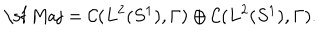
\mathrm { \sf ~ M a j } = { \cal C } ( L ^ { 2 } ( S ^ { 1 } ) , \Gamma ) \oplus { \cal C } ( L ^ { 2 } ( S ^ { 1 } ) , \Gamma ) .